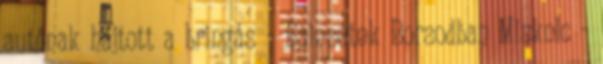
autónak hajtott a bringás - Balesetek Borsodban Miskolc -